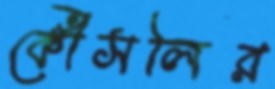
কৌঁসলির